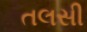
તલસી